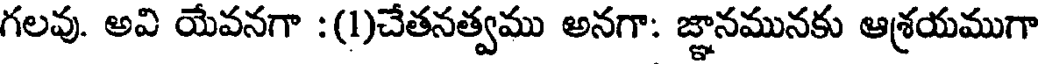
గలవు. అవి యేవనగా :(1)చేతనత్వము అనగా: జ్ఞానమునకు ఆశ్రయముగా